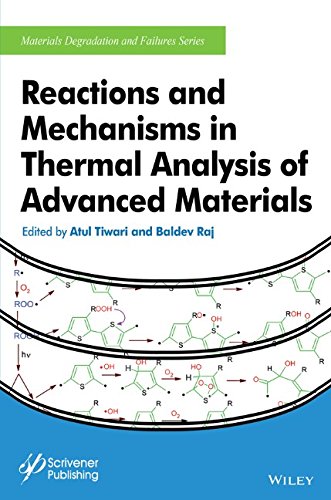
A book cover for Reactions and Mechanisms in Thermal Analysis of Advanced Materials (Materials Degradation and Failure); Atul Tiwari; Science & Math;